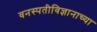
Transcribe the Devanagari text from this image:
वनस्पतीविज्ञानाच्या